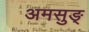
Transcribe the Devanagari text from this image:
अमसुङ्